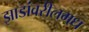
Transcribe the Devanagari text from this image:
झाडांवरीलमध